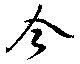
今